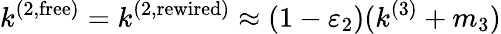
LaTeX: k^{(2,\mathrm{free})}=k^{(2,\mathrm{rewired})}\approx(1-\varepsilon_{2})(k^{(3)}+m_{3})